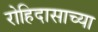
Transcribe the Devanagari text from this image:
रोहिदासाच्या